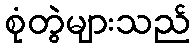
စုံတွဲများသည်